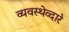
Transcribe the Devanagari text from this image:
व्यवस्थेव्दारे